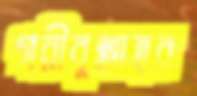
গরীবুল্লাহর